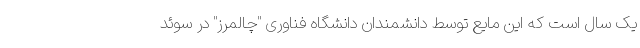
یک سال است که این مایع توسط دانشمندان دانشگاه فناوری "چالمرز" در سوئد